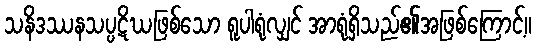
သနိဒဿနသပ္ပဋိဃဖြစ်သော ရူပါရုံလျှင် အာရုံရှိသည်၏အဖြစ်ကြောင့်။